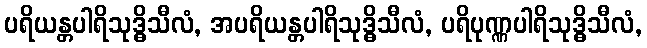
ပရိယန္တပါရိသုဒ္ဓိသီလံ, အပရိယန္တပါရိသုဒ္ဓိသီလံ, ပရိပုဏ္ဏပါရိသုဒ္ဓိသီလံ,